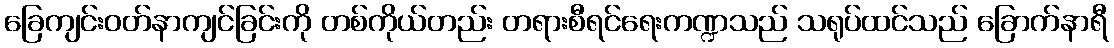
ခြေကျင်းဝတ်နာကျင်ခြင်းကို တစ်ကိုယ်တည်း တရားစီရင်ရေးကဏ္ဍသည် သရုပ်ထင်သည် ခြောက်နာရီ